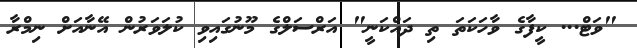
"ވަޓް... ކީފާގެ ވާހަކަތަ ތި ދައްކަނީ" އަރްސަލްގެ މޫނުގައިވި ކުލަވަރުން އޭނާއަށް ނިމްރާ